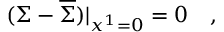
( \Sigma - \overline { { { \Sigma } } } ) | _ { x ^ { 1 } = 0 } = 0 \quad ,